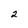
Character: 2